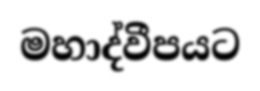
මහාද්වීපයට